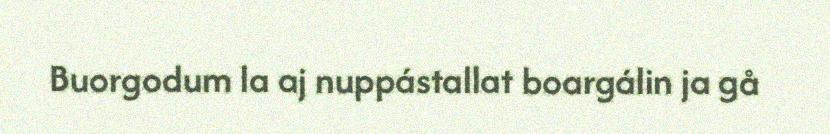
Buorgodum la aj nuppástallat boargálin ja gå